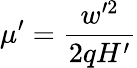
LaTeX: \mu^{\prime}=\frac{w^{\prime 2}}{2qH^{\prime}}